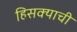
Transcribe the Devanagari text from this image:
हिसक्याची